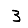
Digit: 3